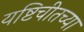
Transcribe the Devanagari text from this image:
यष्टिचीतच्या